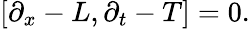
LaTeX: \left[\partial_{x}-L,\partial_{t}-T\right]=0.